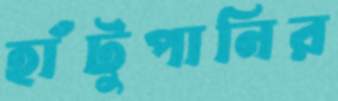
হাঁটুপানির